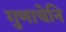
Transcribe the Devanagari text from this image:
गुणाचेनि